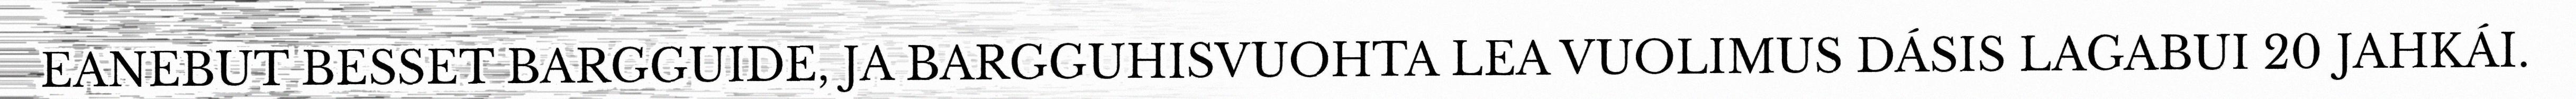
EANEBUT BESSET BARGGUIDE, JA BARGGUHISVUOHTA LEA VUOLIMUS DÁSIS LAGABUI 20 JAHKÁI.